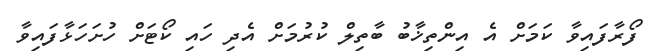
ފޯރާފައިވާ ކަމަށް އެ އިންތިޚާބު ބާތިލް ކުރުމަށް އެދި ހައި ކޯޓަށް ހުށަހަޅާފައިވާ